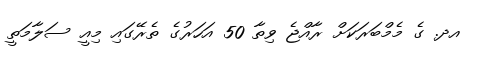
އދ. ގެ މެމްބަރަކަށް ރާއްޖެ ވިތާ 50 އަހަރުގެ ތެރޭގައި މިއީ ސަލާމަތީ